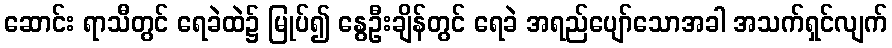
ဆောင်း ရာသီတွင် ရေခဲထဲ၌ မြုပ်၍ နွေဦးချိန်တွင် ရေခဲ အရည်ပျော်သောအခါ အသက်ရှင်လျက်